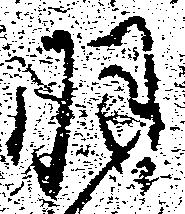
羽